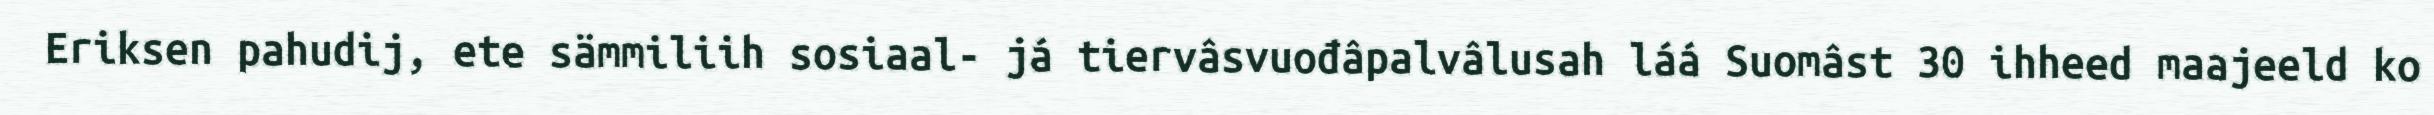
Eriksen pahudij, ete sämmiliih sosiaal- já tiervâsvuođâpalvâlusah láá Suomâst 30 ihheed maajeeld ko